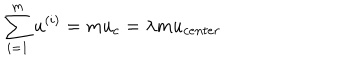
\sum _ { i = 1 } ^ { m } u ^ { ( i ) } = m u _ { c } = \lambda m u _ { c e n t e r }